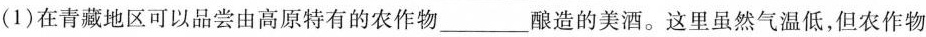
(1)在青藏地区可以品尝由高原特有的农作物___酿造的美酒。这里虽然气温低，但农作物